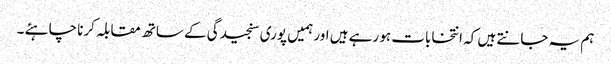
ہم یہ جانتے ہیں کہ انتخابات ہو رہے ہیں اور ہمیں پوری سنجیدگی کے ساتھ مقابلہ کرنا چاہئے ۔